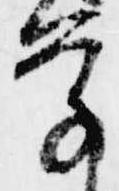
学